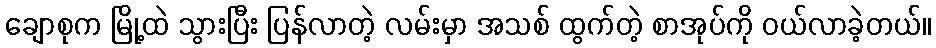
ချောစုက မြို့ထဲ သွားပြီး ပြန်လာတဲ့ လမ်းမှာ အသစ် ထွက်တဲ့ စာအုပ်ကို ဝယ်လာခဲ့တယ်။